Problem: 8 + 32 = ?
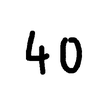
Handwritten answer: 40